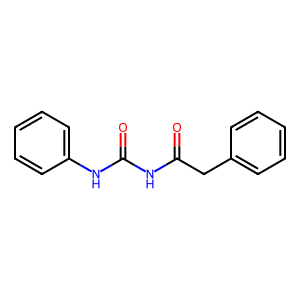
SMILES: O=C(Cc1ccccc1)NC(=O)Nc1ccccc1
Inhibits HIV replication: No